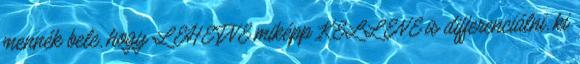
mennék bele, hogy LEHETNE miképp KELLENE is differenciálni, ki